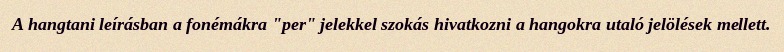
A hangtani leírásban a fonémákra "per" jelekkel szokás hivatkozni a hangokra utaló jelölések mellett.